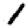
Digit: 1